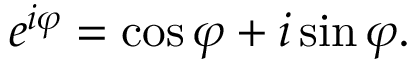
e ^ { i \varphi } = \cos \varphi + i \sin \varphi .